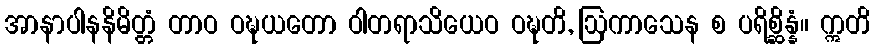
အာနာပါနနိမိတ္တံ တာဝ ဝဍ္ဎယတော ဝါတရာသိယေဝ ဝဍ္ဎတိ, ဩကာသေန စ ပရိစ္ဆိန္နံ။ ဣတိ